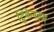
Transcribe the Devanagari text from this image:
ट्विकेनहम